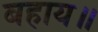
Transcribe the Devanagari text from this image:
बहाय॥